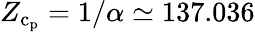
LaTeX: Z_{\mathrm{c}_{\mathrm{p}}}=1/\alpha\simeq 137.036